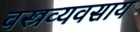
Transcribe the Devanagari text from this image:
वस्त्रव्यवसाय